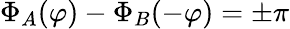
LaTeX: \Phi_{A}(\varphi)-\Phi_{B}(-\varphi)=\pm\pi